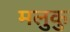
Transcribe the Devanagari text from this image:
मलुकु